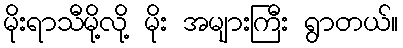
မိုးရာသီမို့လို့ မိုး အများကြီး ရွာတယ်။